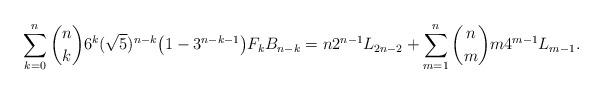
LaTeX: \begin{align*} \sum_{k=0}^{n} {n\choose k} 6^k (\sqrt{5})^{n-k} \big ( {1-3^{n-k-1}}\big )F_{k} B_{n-k}= n 2^{n-1} L_{2n-2} + \sum_{m=1}^{n} {n\choose m} m4^{m-1} L_{m-1}.\end{align*}